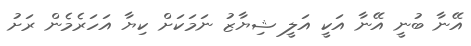
އޭނާ ބުނީ އޭނާ އަކީ އަލީ ޝިޔާޒު ނަމަކަށް ކިޔާ އަހަރެމެން ރަށު